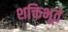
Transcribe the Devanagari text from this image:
शक्तिभूते